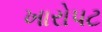
ખારોપટ